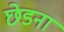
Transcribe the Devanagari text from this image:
छेडना